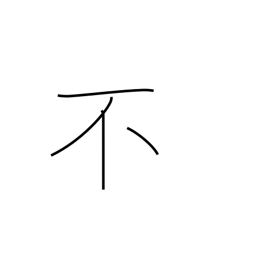
Meaning: non-